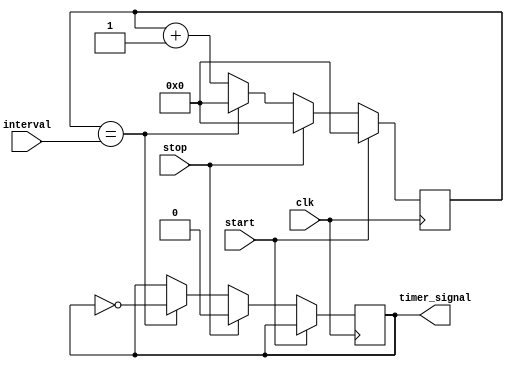
module IntervalTimer(
    input wire clk,
    input wire start,
    input wire stop,
    input wire [31:0] interval,
    output reg timer_signal
);

reg [31:0] counter;

always @(posedge clk) begin
    if (start) begin
        counter <= 0;
    end
    else if (stop) begin
        counter <= 0;
        timer_signal <= 0;
    end
    else begin
        if (counter == interval) begin
            counter <= 0;
            timer_signal <= ~timer_signal;
        end
        else begin
            counter <= counter + 1;
        end
    end
end

endmodule